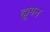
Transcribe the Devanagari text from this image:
ह्मूमन